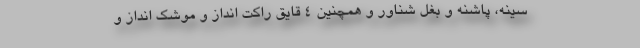
سینه، پاشنه و بغل شناور و همچنین ۴ قایق راکت انداز و موشک انداز و